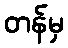
တန်မှ